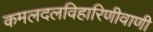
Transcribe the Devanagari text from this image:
कमलदलविहारिणीवाणी